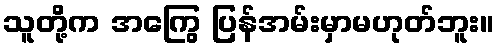
သူတို့က အကြွေ ပြန်အမ်းမှာမဟုတ်ဘူး။